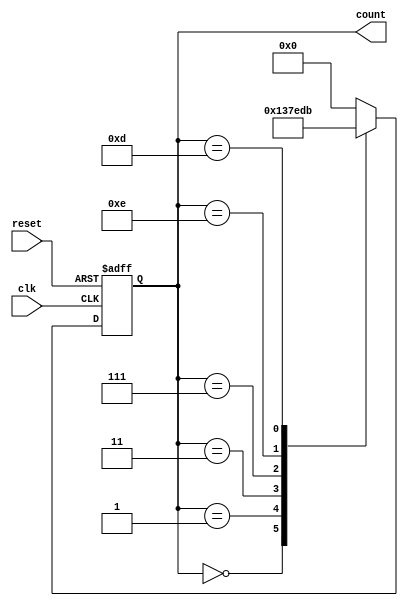
module johnson_counter(
    input clk,
    input reset,
    output reg [3:0] count
);

reg [3:0] next_count;

always @(posedge clk or posedge reset) begin
    if(reset) begin
        count <= 4'b0000;
    end else begin
        count <= next_count;
    end
end

always @(*) begin
    case(count)
        4'b0000: next_count = 4'b0001;
        4'b0001: next_count = 4'b0011;
        4'b0011: next_count = 4'b0111;
        4'b0111: next_count = 4'b1110;
        4'b1110: next_count = 4'b1101;
        4'b1101: next_count = 4'b1011;
        default: next_count = 4'b0000;
    endcase
end

endmodule